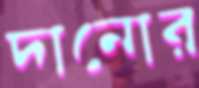
দানোর